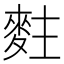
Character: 𪌘